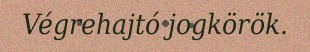
Végrehajtó jogkörök.